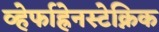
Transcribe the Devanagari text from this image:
व्हेर्फाह्रेनस्टेक्निक